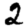
Digit: 2